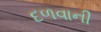
દળવાની